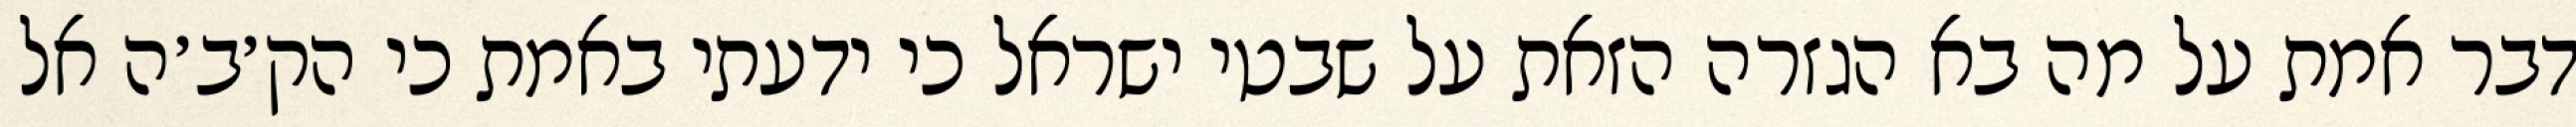
דבר אמת על מה בא הגזרה הזאת על שבטי ישראל כי ידעתי באמת כי הק׳ב׳ה אל